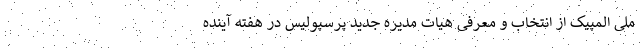
ملی المپیک از انتخاب و معرفی هیات مدیره جدید پرسپولیس در هفته آینده